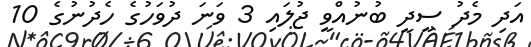
އަދި މެދު ސީދީ ބުނުއްވީ ޖުލައި 3 ވަނަ ދުވަހުގެ ހެދުނުގެ 10